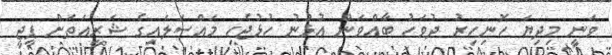
ވަނީ މިދިޔަ ހޮނިހިރު ދުވަހު ބާއްވަން އުޅުނު ހުޅުޖެހި މައްސަލައިގެ ޝަރީއަތަށް ޕީޖީ